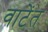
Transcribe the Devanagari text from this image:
वाटेंत